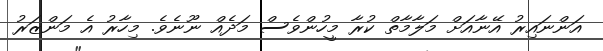
އަންނައިރު އޭނާއަށް މަލާމާތް ކުރާ މީހުންވެސް މަދެެއް ނޫނެވެ. މިހާރު އެ މަންޒަރު